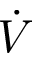
\dot { V }